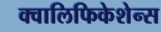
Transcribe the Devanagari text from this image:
क्वालिफिकेशेन्स